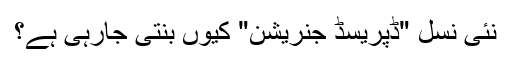
نئی نسل "ڈپریسڈ جنریشن" کیوں بنتی جارہی ہے؟